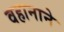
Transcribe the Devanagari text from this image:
वहानाने